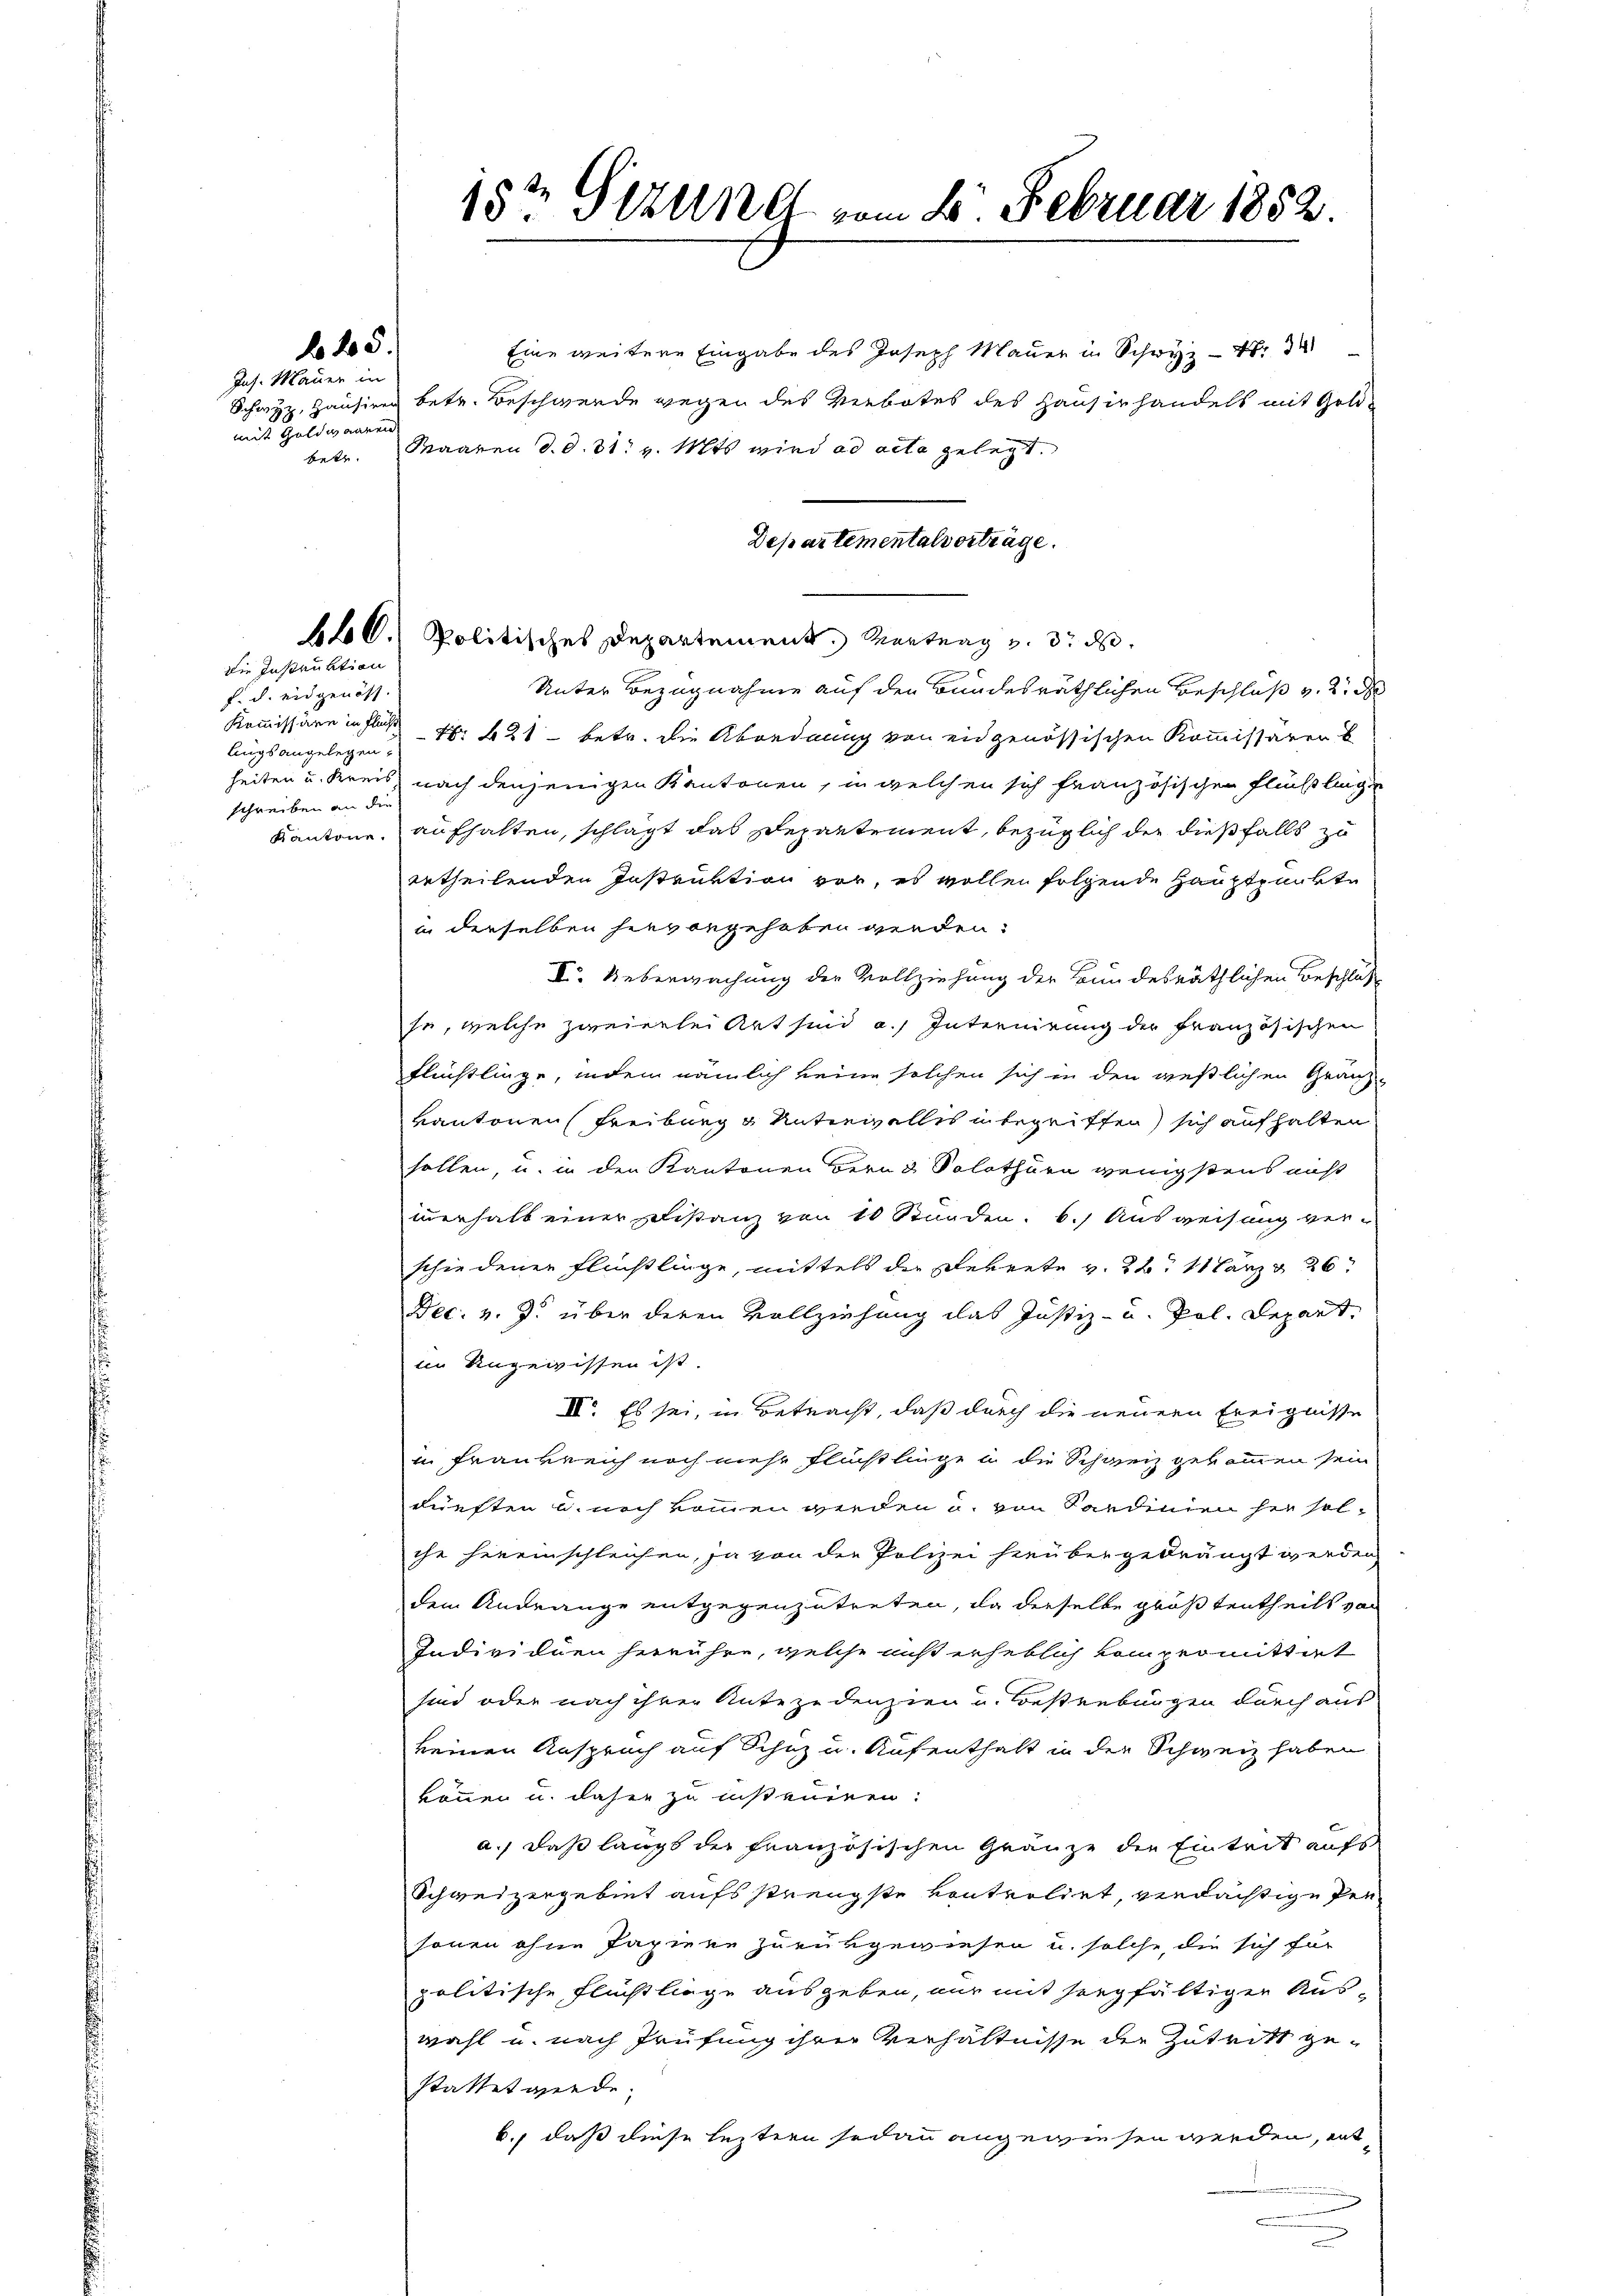
645.

Jns. Mauer in
mit Goldinaren

Die Instruktion
f. d. eidgenöss.
lings angelegen,
schreiben an die

15t Sinner vom 2. Februar 1852

Eine weitere Eingabe des Joseph Mauer in Schwyz - 4. d
Schwyz, Hausiren betr. Beschwerde wegen des Verbotes des Hausirhandels mit Goldbetr. Maaren d. d. 31. v. Mts wird ad acta gelegt.
Departementalverträge.
66. Politisches Departement. Vertrag v. 3. d.
Unter Bezugnahme auf den Bundesräthlichen Beschluß v. 2. d
Kommissäre in Fluße Nr. 421 betr. die Abordnung von eidgenössischen Kommissaren b
heiten u. Kreis nach denjenigen Kantonen, in welchen sich französischen Flüchtlingen
Kantone, aufhalten, schlägt das Departement, bezüglich der dießfalls zu
ertheilenden Instruktion vor, es wollen folgende Hauptpunkte
in derselben hievongehoben werden:
V. Ueberwachung der Vollziehung der Bundesräthlichen Beschluß
se, welche zweierlei Art sind a. Internirung der Französischen
Flüchtlinge, indem nämlich keine solchen sich in den wießlichen Granz-
kantonen Freiburg & Unterwalles in begriffen sich aufhalten
sollen, u. in den Kantonen Bern & Solothurn wenigstens nicht
innerhalb einer Distanz von 10 Stunden. b.) Ausweisung ver-
schiedenen Flüchtlinge, mittels der Dekrete v. 22. 11 Lanz 26
Dec. v. J. über deren Vollziehung das Justiz- u. Pol. Depart.
in Ungewissen ist.
III. Es sei, in Betracht, daß durch die neuern Ereignisse
in Frankreich noch mehr flüchtlinge u die Schweiz gekommen sein
dürften u. noch kommen werden u. von Sardinien her solche hereinschleichen, ja von der Polizei herübergedrängt werden,
dem Andränge entgegenzutreten, da derselbe größtentheils von
Individuen herrühre, welche aus erheblich kompromittirt
sind oder nach ihrer Antezudenzien und Bestrebungen durch aus
keinen Anspruch auf Schaz u. Aufenthalt in der Schweiz haben
können u. daher zu insteueren:
a.) daß langt der französischen Grauze die Eintrit aufs
Schweizergebiet aufs strengste Kontroldet, verdächtige Per
sonen ohne Papiere zurükgewiesen u. solche, die sich für
politische Flüchtliege ausgeben, nur mit hergfältiger Aus-
wahl u. nach Prüfung ihrer Verhältnisse der Zutritt gestattet werde;
6., daß diese leztern sodann angewiesen werden, ent¬